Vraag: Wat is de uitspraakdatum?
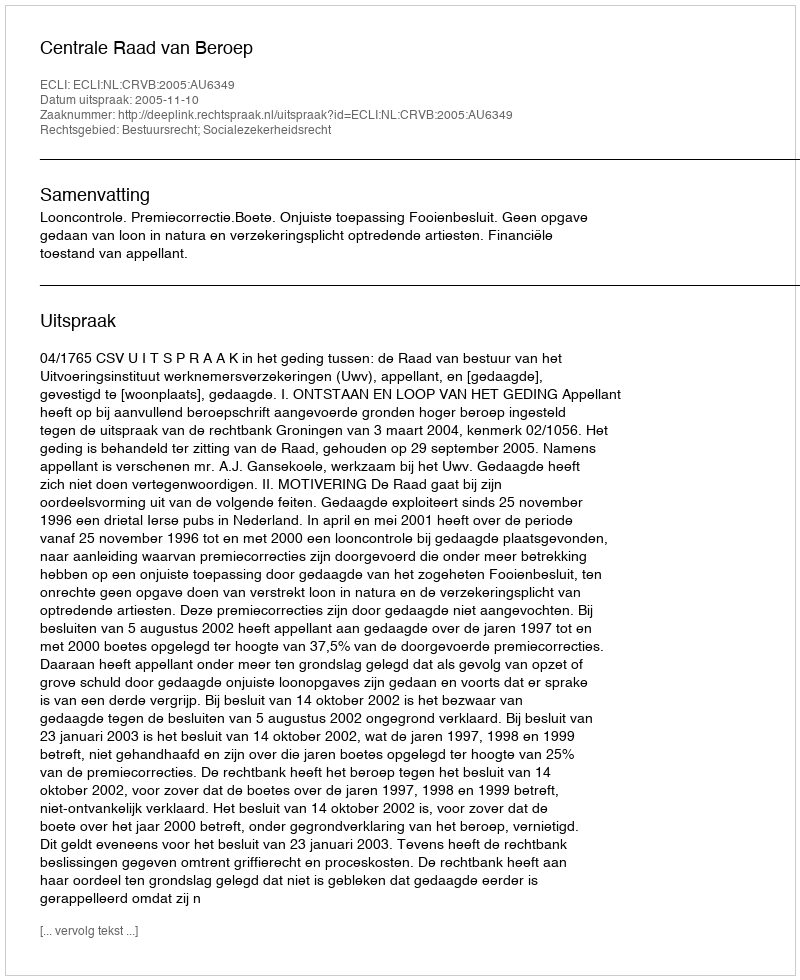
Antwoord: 2005-11-10